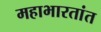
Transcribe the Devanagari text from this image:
महाभारतांत